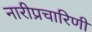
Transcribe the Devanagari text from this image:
नारीप्रचारिणी